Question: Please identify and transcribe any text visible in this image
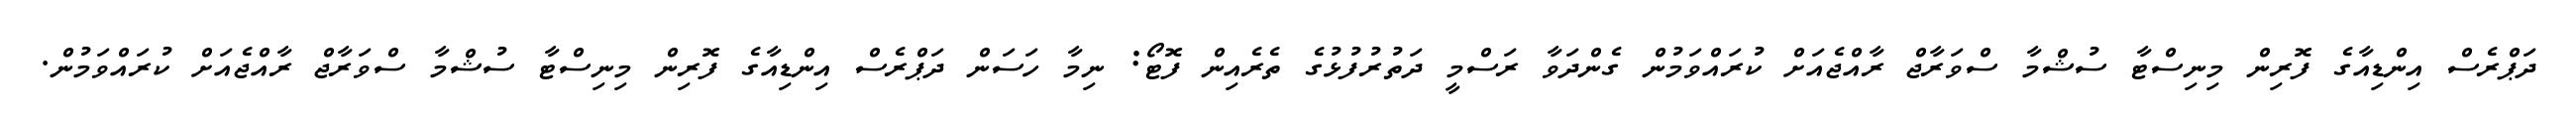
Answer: ދަޕްރެސް އިންޑިއާގެ ފޮރިން މިނިސްޓާ ސުޝްމާ ސްވަރާޖް ރާއްޖެއަށް ކުރައްވަމުން ގެންދަވާ ރަސްމީ ދަތުރުފުޅުގެ ތެރެއިން ފޮޓޯ: ނިމާ ހަސަން ދަޕްރެސް އިންޑިއާގެ ފޮރިން މިނިސްޓާ ސުޝްމާ ސްވަރާޖް ރާއްޖެއަށް ކުރައްވަމުން.